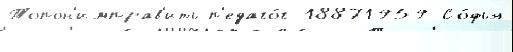
Топон'имправ'ить п'едаго́г 18871959 Со́фья